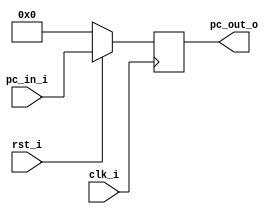
//a 0516327
//Subject:     CO project 2 - PC
//--------------------------------------------------------------------------------
//Version:     1
//--------------------------------------------------------------------------------
//Writer:      Luke
//----------------------------------------------
//----------------------------------------------
//Description: 
//--------------------------------------------------------------------------------

module ProgramCounter(
    clk_i,
	rst_i,
	pc_in_i,
	pc_out_o
	);

input           clk_i;
input	        rst_i;
input  [32-1:0] pc_in_i;
output [32-1:0] pc_out_o;

reg    [32-1:0] pc_out_o;

always @(posedge clk_i) begin
    if(~rst_i)
	    pc_out_o <= 0;
	else
	    pc_out_o <= pc_in_i;
end

endmodule